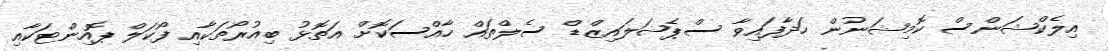
އިލެކްޝަންސް ކޮމިޝަނުން ހަދާފައިވާ ސްޕެޝަލައިޒްޑް ސެލްތައް ހާއްސަކޮށް އަތޮޅު ބިއުރޯތަކާއި ފޯކަލް ޕޮއިންޓަކާއި